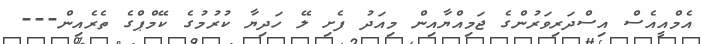
އެމްއީއެސް އިސްދަރިވަރުންގެ ޖަމިއްޔާއިން މިއަދު ފެށި ލޭ ހަދިޔާ ކުރުމުގެ ކޭމްޕްގެ ތެރެއިން---